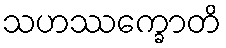
သဟဿက္ခောတိ